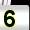
Digit: 5